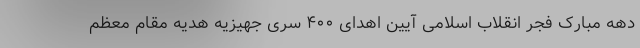
دهه مبارک فجر انقلاب اسلامی آیین اهدای ۴۰۰ سری جهیزیه هدیه مقام معظم